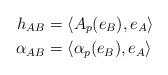
LaTeX: \begin{align*} h_{AB} &= \langle A_p(e_B), e_A \rangle \\ \alpha_{AB} &= \langle \alpha_p(e_B), e_A \rangle \end{align*}